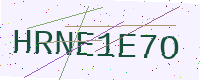
Text: HRNE1E7O